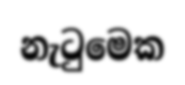
නැටුමෙක